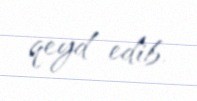
qeyd edib.